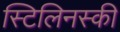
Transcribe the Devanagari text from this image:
स्टिलिनस्की